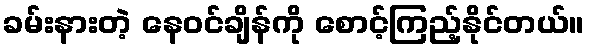
ခမ်းနားတဲ့ နေဝင်ချိန်ကို စောင့်ကြည့်နိုင်တယ်။